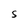
Character: S